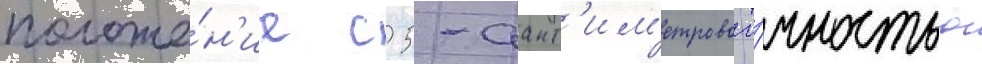
положе́н'ие с 5-сант'им'етровои то́чностью